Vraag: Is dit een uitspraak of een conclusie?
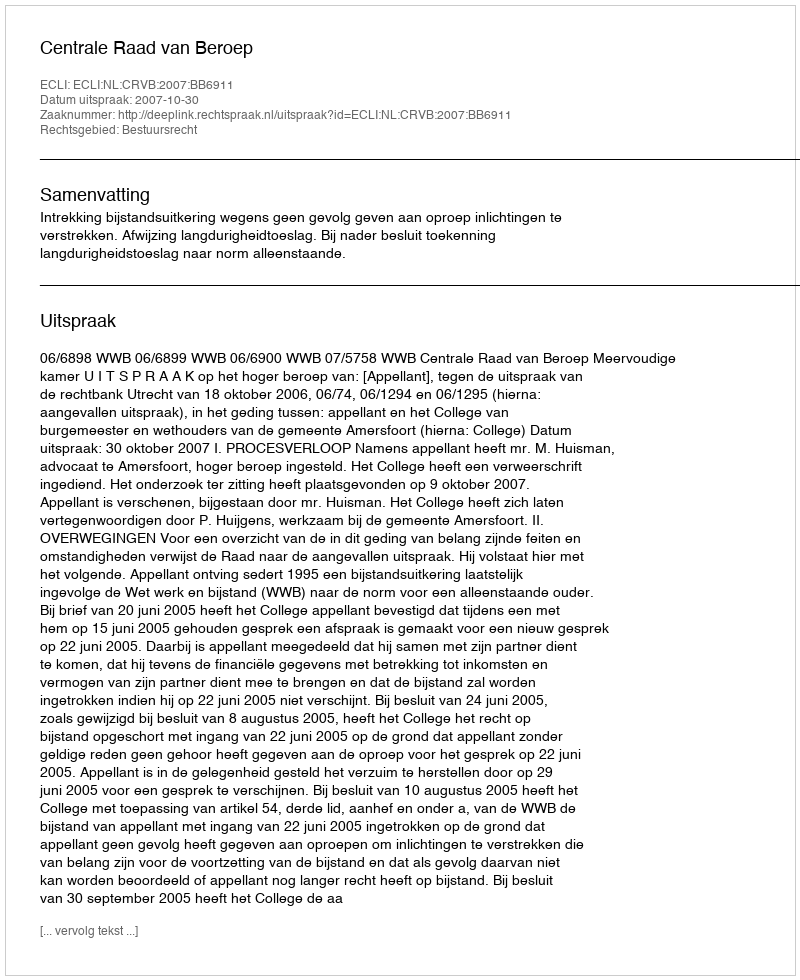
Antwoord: Uitspraak